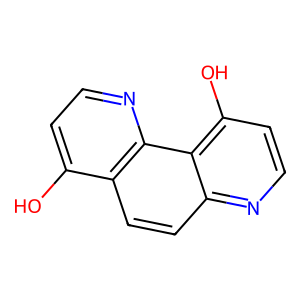
SMILES: Oc1ccnc2c1ccc1nccc(O)c12
Inhibits HIV replication: No